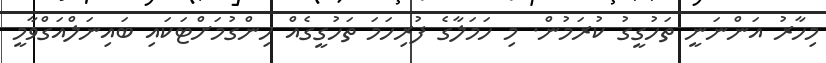
މިހާރު އަންނަނީ ތަހުގީގު ކުރަމުން. މި ހަމަލާގެ ފުރިހަމަ ތަހުގީގެއް ހިންގުމަށްޓަކައި ބައިނަލްއަގްވާމީ